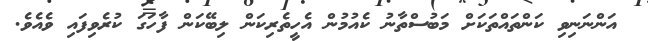
އަންނަނިވި ކަންތައްތަކަށް މަބުސްތާނު ކެއުމުން އެހީތެރިކަން ލިބޭކަން ފާހަގަ ކުރެވިފައި ވެއެވެ.